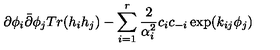
\partial \phi _ { i } \bar { \partial } \phi _ { j } T r ( h _ { i } h _ { j } ) - \sum _ { i = 1 } ^ { r } \frac { 2 } { \alpha _ { i } ^ { 2 } } c _ { i } c _ { - i } \exp ( k _ { i j } \phi _ { j } )